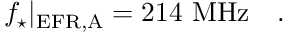
f _ { \star } | _ { \mathrm { E F R , A } } = 2 1 4 ~ \mathrm { M H z } ~ ~ \ .